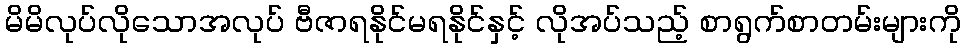
မိမိလုပ်လိုသောအလုပ် ဗီဇာရနိုင်မရနိုင်နှင့် လိုအပ်သည့် စာရွက်စာတမ်းများကို